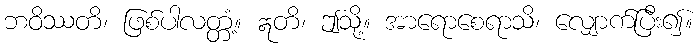
ဘဝိဿတိ၊ ဖြစ်ပါလတ္တံ့။ ဣတိ၊ ဤသို့။ အာရောစေရာသိ၊ လျှောက်ပြီး၍။